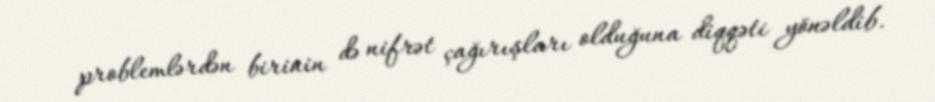
problemlərdən birinin də nifrət çağırışları olduğuna diqqəti yönəldib.